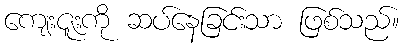
ကျေးဇူးကို ဆပ်နေခြင်းသာ ဖြစ်သည်။